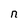
Character: n